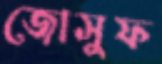
জোসুফ